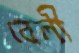
বেলী